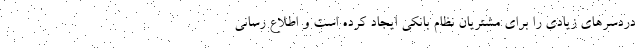
دردسرهای زیادی را برای مشتریان نظام بانکی ایجاد کرده است و اطلاع رسانی